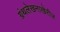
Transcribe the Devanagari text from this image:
ग्रंथलेखनाखेरीज